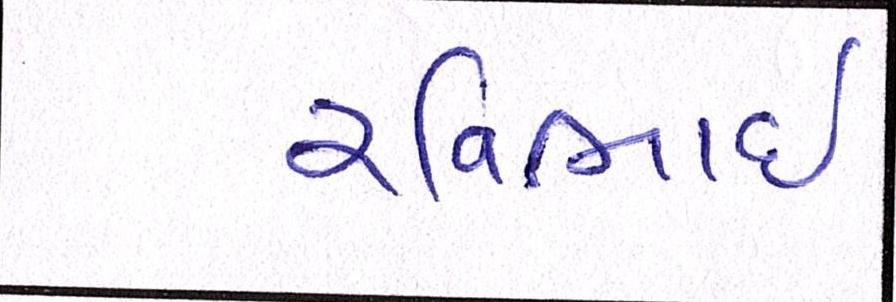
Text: રવિભાઇ